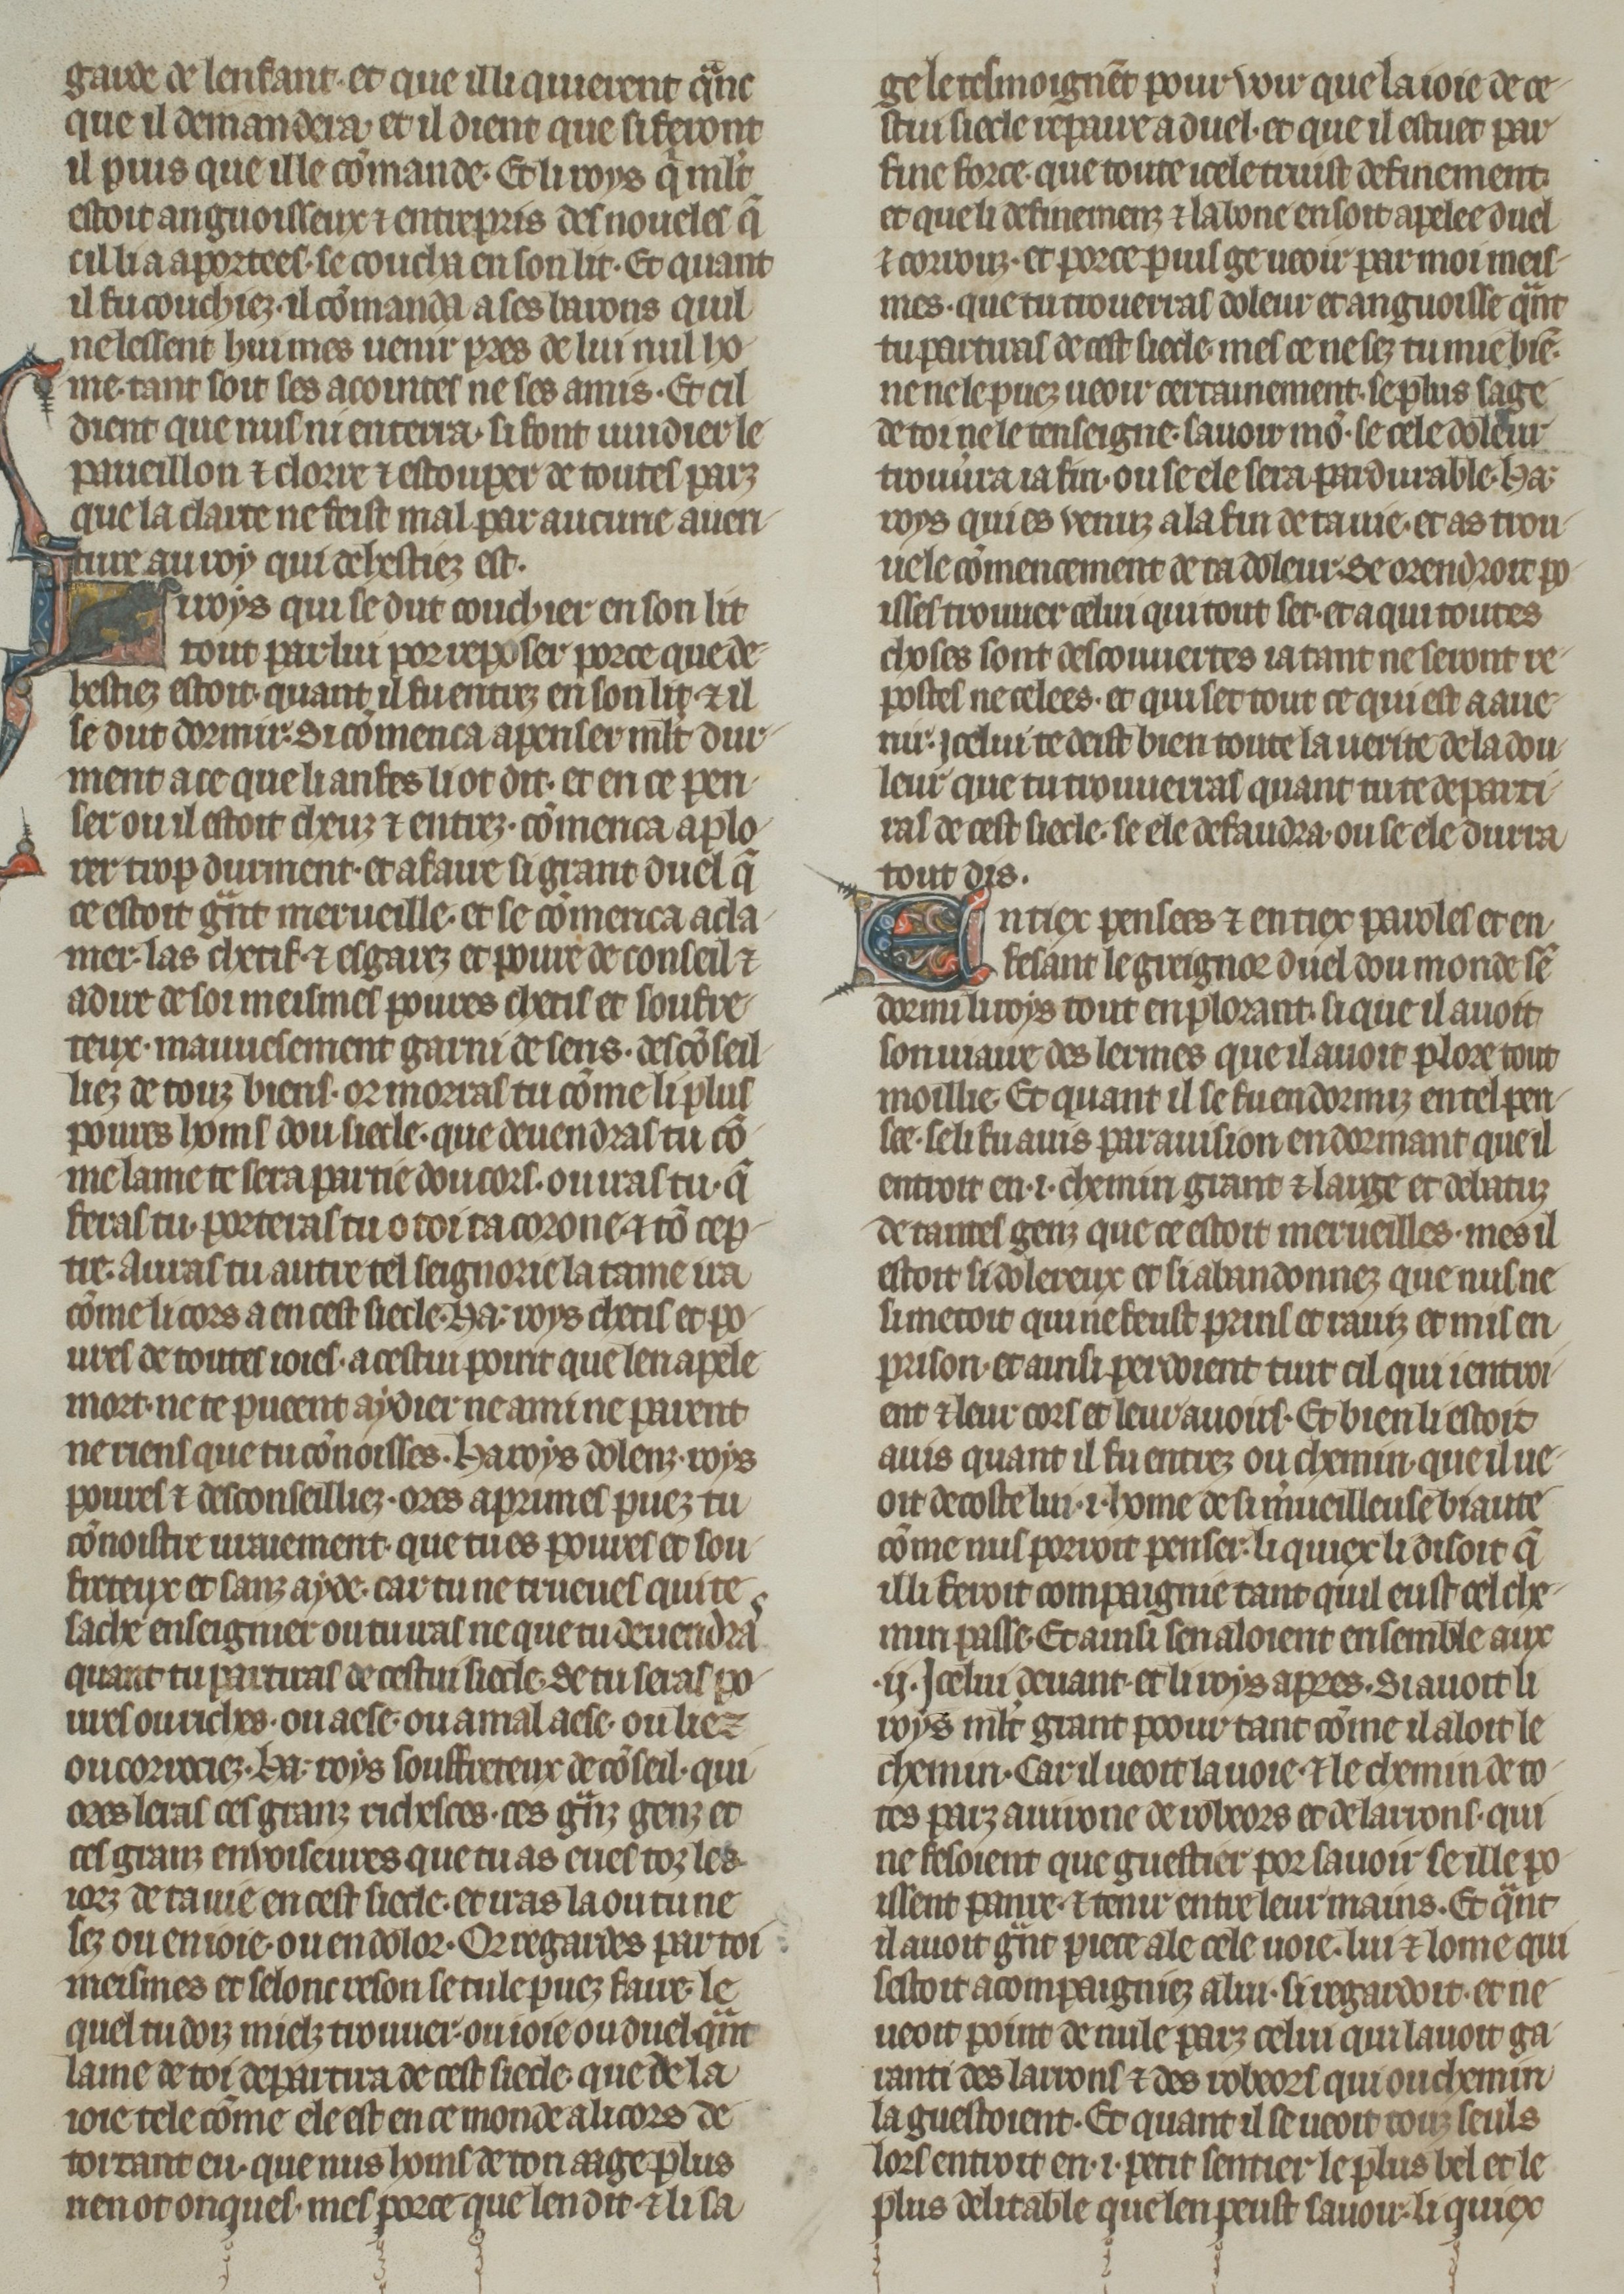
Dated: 1270–1299